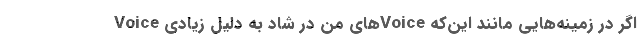
اگر در زمینه‌هایی مانند این‌که Voice‌های من در شاد به دلیل زیادی Voice